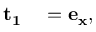
\begin{array} { r l } { \mathbf { { t _ { 1 } } } } & { { } = \mathbf { e _ { x } } , } \end{array}